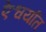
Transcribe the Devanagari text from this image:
ऐश्वर्यात